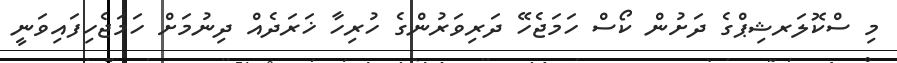
މި ސްކޮލަރޝިޕްގެ ދަށުން ކޯސް ހަމަޖެހޭ ދަރިވަރުންގެ ހުރިހާ ޚަރަދެއް ދިނުމަށް ހަމަޖެހިފައިވަނީ